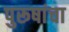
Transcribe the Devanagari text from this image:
पुरूषांचा